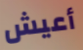
أعيش